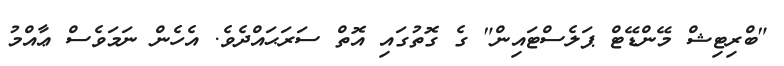
"ބްރިޓިޝް މޭންޑޭޓް ޕަލެސްޓައިން" ގެ ގޮތުގައި އޮތް ސަރަޙައްދެވެ. އެހެން ނަމަވެސް ޢާއްމު